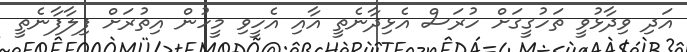
އަދި ވިދާޅުވީ ތަހުގީގަށް ހުރަސް އެޅިދާނެތީ އާއި އެހީވި މީހުން އިތުރަށް ފިލާފާނެތީ